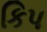
કિપ